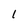
Character: l